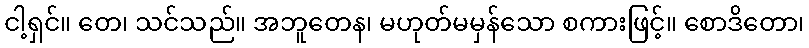
ငါ့ရှင်။ တေ၊ သင်သည်။ အဘူတေန၊ မဟုတ်မမှန်သော စကားဖြင့်။ စောဒိတော၊